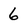
Character: 6